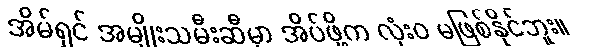
အိမ်ရှင် အမျိုးသမီးဆီမှာ အိပ်ဖို့က လုံးဝ မဖြစ်နိုင်ဘူး။